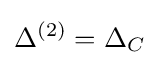
\Delta ^{(2)}=\Delta _{C}